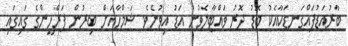
ބާރުއަޑުފައްގަނޑަކާއެކު ބޮޑު ދޮރު ވައްޓާލެވުނު އަޑު އިވުނެވެ. ޝަމްހާއަށް ބިރުން ފަރްހީންގެ ގައިގައި